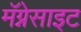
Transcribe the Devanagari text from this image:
मॅग्नेसाइट